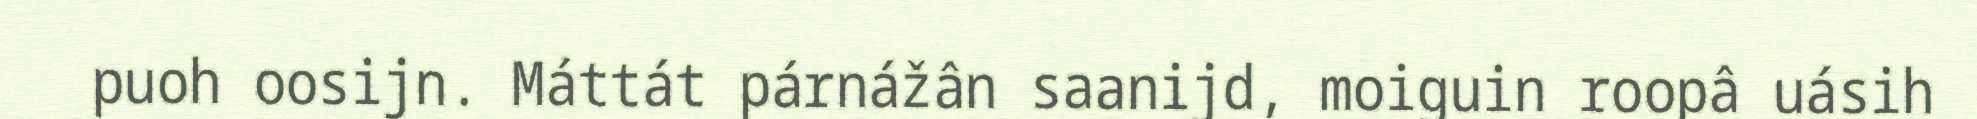
puoh oosijn. Máttát párnážân saanijd, moiguin roopâ uásih